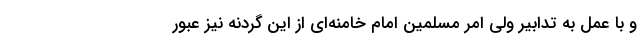
و با عمل به تدابیر ولی امر مسلمین امام خامنه‌ای از این گردنه نیز عبور